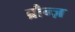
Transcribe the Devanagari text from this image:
ब्रौन्ज़